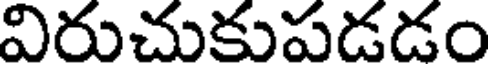
విరుచుకుపడడం